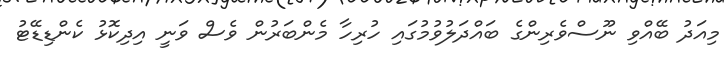
މިއަދު ބޭއްވި ނޫސްވެރިންގެ ބައްދަލުވުމުގައި ހުރިހާ މެންބަރުން ވެސް ވަނީ އިދިކޮޅު ކެންޑިޑޭޓު